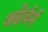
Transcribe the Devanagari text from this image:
अग्नेर्वर्म